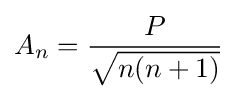
A_{n}={\frac {P}{\sqrt {n(n+1)}}}